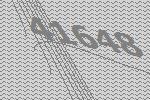
41648